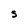
Character: S